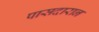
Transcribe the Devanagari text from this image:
पासदारान